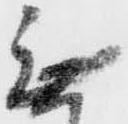
無